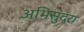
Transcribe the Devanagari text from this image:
अभिसुंदरा